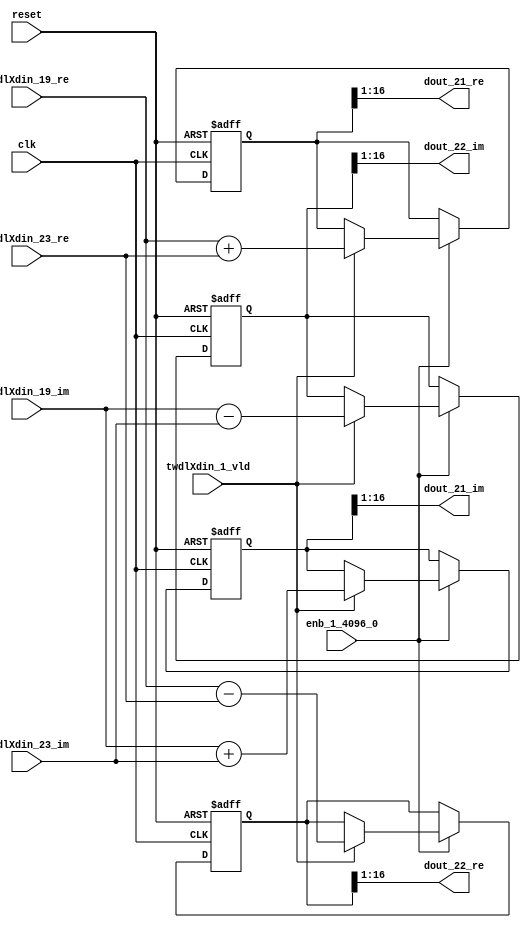
// -------------------------------------------------------------
// 
// 
// Generated by MATLAB 9.14 and HDL Coder 4.1
// 
// -------------------------------------------------------------


// -------------------------------------------------------------
// 
// Module: RADIX22FFT_SDNF1_5_block9
// Source Path: dsphdl.IFFT/RADIX22FFT_SDNF1_5
// Hierarchy Level: 4
// 
// -------------------------------------------------------------

`timescale 1 ns / 1 ns

module RADIX22FFT_SDNF1_5_block9
          (clk,
           reset,
           enb_1_4096_0,
           twdlXdin_19_re,
           twdlXdin_19_im,
           twdlXdin_23_re,
           twdlXdin_23_im,
           twdlXdin_1_vld,
           dout_21_re,
           dout_21_im,
           dout_22_re,
           dout_22_im);


  input   clk;
  input   reset;
  input   enb_1_4096_0;
  input   signed [15:0] twdlXdin_19_re;  // sfix16_En14
  input   signed [15:0] twdlXdin_19_im;  // sfix16_En14
  input   signed [15:0] twdlXdin_23_re;  // sfix16_En14
  input   signed [15:0] twdlXdin_23_im;  // sfix16_En14
  input   twdlXdin_1_vld;
  output  signed [15:0] dout_21_re;  // sfix16_En14
  output  signed [15:0] dout_21_im;  // sfix16_En14
  output  signed [15:0] dout_22_re;  // sfix16_En14
  output  signed [15:0] dout_22_im;  // sfix16_En14


  reg signed [16:0] Radix22ButterflyG1_NF_btf1_re_reg;  // sfix17
  reg signed [16:0] Radix22ButterflyG1_NF_btf1_im_reg;  // sfix17
  reg signed [16:0] Radix22ButterflyG1_NF_btf2_re_reg;  // sfix17
  reg signed [16:0] Radix22ButterflyG1_NF_btf2_im_reg;  // sfix17
  reg  Radix22ButterflyG1_NF_dinXtwdl_vld_dly1;
  reg signed [16:0] Radix22ButterflyG1_NF_btf1_re_reg_next;  // sfix17_En14
  reg signed [16:0] Radix22ButterflyG1_NF_btf1_im_reg_next;  // sfix17_En14
  reg signed [16:0] Radix22ButterflyG1_NF_btf2_re_reg_next;  // sfix17_En14
  reg signed [16:0] Radix22ButterflyG1_NF_btf2_im_reg_next;  // sfix17_En14
  reg  Radix22ButterflyG1_NF_dinXtwdl_vld_dly1_next;
  reg signed [15:0] dout_21_re_1;  // sfix16_En14
  reg signed [15:0] dout_21_im_1;  // sfix16_En14
  reg signed [15:0] dout_22_re_1;  // sfix16_En14
  reg signed [15:0] dout_22_im_1;  // sfix16_En14
  reg  dout_21_vld;
  reg signed [16:0] Radix22ButterflyG1_NF_add_cast;  // sfix17_En14
  reg signed [16:0] Radix22ButterflyG1_NF_add_cast_0;  // sfix17_En14
  reg signed [16:0] Radix22ButterflyG1_NF_sra_temp;  // sfix17_En14
  reg signed [16:0] Radix22ButterflyG1_NF_sub_cast;  // sfix17_En14
  reg signed [16:0] Radix22ButterflyG1_NF_sub_cast_0;  // sfix17_En14
  reg signed [16:0] Radix22ButterflyG1_NF_sra_temp_0;  // sfix17_En14
  reg signed [16:0] Radix22ButterflyG1_NF_add_cast_1;  // sfix17_En14
  reg signed [16:0] Radix22ButterflyG1_NF_add_cast_2;  // sfix17_En14
  reg signed [16:0] Radix22ButterflyG1_NF_sra_temp_1;  // sfix17_En14
  reg signed [16:0] Radix22ButterflyG1_NF_sub_cast_1;  // sfix17_En14
  reg signed [16:0] Radix22ButterflyG1_NF_sub_cast_2;  // sfix17_En14
  reg signed [16:0] Radix22ButterflyG1_NF_sra_temp_2;  // sfix17_En14


  // Radix22ButterflyG1_NF
  always @(posedge clk or posedge reset)
    begin : Radix22ButterflyG1_NF_process
      if (reset == 1'b1) begin
        Radix22ButterflyG1_NF_btf1_re_reg <= 17'sb00000000000000000;
        Radix22ButterflyG1_NF_btf1_im_reg <= 17'sb00000000000000000;
        Radix22ButterflyG1_NF_btf2_re_reg <= 17'sb00000000000000000;
        Radix22ButterflyG1_NF_btf2_im_reg <= 17'sb00000000000000000;
        Radix22ButterflyG1_NF_dinXtwdl_vld_dly1 <= 1'b0;
      end
      else begin
        if (enb_1_4096_0) begin
          Radix22ButterflyG1_NF_btf1_re_reg <= Radix22ButterflyG1_NF_btf1_re_reg_next;
          Radix22ButterflyG1_NF_btf1_im_reg <= Radix22ButterflyG1_NF_btf1_im_reg_next;
          Radix22ButterflyG1_NF_btf2_re_reg <= Radix22ButterflyG1_NF_btf2_re_reg_next;
          Radix22ButterflyG1_NF_btf2_im_reg <= Radix22ButterflyG1_NF_btf2_im_reg_next;
          Radix22ButterflyG1_NF_dinXtwdl_vld_dly1 <= Radix22ButterflyG1_NF_dinXtwdl_vld_dly1_next;
        end
      end
    end

  always @(Radix22ButterflyG1_NF_btf1_im_reg, Radix22ButterflyG1_NF_btf1_re_reg,
       Radix22ButterflyG1_NF_btf2_im_reg, Radix22ButterflyG1_NF_btf2_re_reg,
       Radix22ButterflyG1_NF_dinXtwdl_vld_dly1, twdlXdin_19_im, twdlXdin_19_re,
       twdlXdin_1_vld, twdlXdin_23_im, twdlXdin_23_re) begin
    Radix22ButterflyG1_NF_add_cast = 17'sb00000000000000000;
    Radix22ButterflyG1_NF_add_cast_0 = 17'sb00000000000000000;
    Radix22ButterflyG1_NF_sub_cast = 17'sb00000000000000000;
    Radix22ButterflyG1_NF_sub_cast_0 = 17'sb00000000000000000;
    Radix22ButterflyG1_NF_add_cast_1 = 17'sb00000000000000000;
    Radix22ButterflyG1_NF_add_cast_2 = 17'sb00000000000000000;
    Radix22ButterflyG1_NF_sub_cast_1 = 17'sb00000000000000000;
    Radix22ButterflyG1_NF_sub_cast_2 = 17'sb00000000000000000;
    Radix22ButterflyG1_NF_btf1_re_reg_next = Radix22ButterflyG1_NF_btf1_re_reg;
    Radix22ButterflyG1_NF_btf1_im_reg_next = Radix22ButterflyG1_NF_btf1_im_reg;
    Radix22ButterflyG1_NF_btf2_re_reg_next = Radix22ButterflyG1_NF_btf2_re_reg;
    Radix22ButterflyG1_NF_btf2_im_reg_next = Radix22ButterflyG1_NF_btf2_im_reg;
    Radix22ButterflyG1_NF_dinXtwdl_vld_dly1_next = twdlXdin_1_vld;
    if (twdlXdin_1_vld) begin
      Radix22ButterflyG1_NF_add_cast = {twdlXdin_19_re[15], twdlXdin_19_re};
      Radix22ButterflyG1_NF_add_cast_0 = {twdlXdin_23_re[15], twdlXdin_23_re};
      Radix22ButterflyG1_NF_btf1_re_reg_next = Radix22ButterflyG1_NF_add_cast + Radix22ButterflyG1_NF_add_cast_0;
      Radix22ButterflyG1_NF_sub_cast = {twdlXdin_19_re[15], twdlXdin_19_re};
      Radix22ButterflyG1_NF_sub_cast_0 = {twdlXdin_23_re[15], twdlXdin_23_re};
      Radix22ButterflyG1_NF_btf2_re_reg_next = Radix22ButterflyG1_NF_sub_cast - Radix22ButterflyG1_NF_sub_cast_0;
      Radix22ButterflyG1_NF_add_cast_1 = {twdlXdin_19_im[15], twdlXdin_19_im};
      Radix22ButterflyG1_NF_add_cast_2 = {twdlXdin_23_im[15], twdlXdin_23_im};
      Radix22ButterflyG1_NF_btf1_im_reg_next = Radix22ButterflyG1_NF_add_cast_1 + Radix22ButterflyG1_NF_add_cast_2;
      Radix22ButterflyG1_NF_sub_cast_1 = {twdlXdin_19_im[15], twdlXdin_19_im};
      Radix22ButterflyG1_NF_sub_cast_2 = {twdlXdin_23_im[15], twdlXdin_23_im};
      Radix22ButterflyG1_NF_btf2_im_reg_next = Radix22ButterflyG1_NF_sub_cast_1 - Radix22ButterflyG1_NF_sub_cast_2;
    end
    Radix22ButterflyG1_NF_sra_temp = Radix22ButterflyG1_NF_btf1_re_reg >>> 8'd1;
    dout_21_re_1 = Radix22ButterflyG1_NF_sra_temp[15:0];
    Radix22ButterflyG1_NF_sra_temp_0 = Radix22ButterflyG1_NF_btf1_im_reg >>> 8'd1;
    dout_21_im_1 = Radix22ButterflyG1_NF_sra_temp_0[15:0];
    Radix22ButterflyG1_NF_sra_temp_1 = Radix22ButterflyG1_NF_btf2_re_reg >>> 8'd1;
    dout_22_re_1 = Radix22ButterflyG1_NF_sra_temp_1[15:0];
    Radix22ButterflyG1_NF_sra_temp_2 = Radix22ButterflyG1_NF_btf2_im_reg >>> 8'd1;
    dout_22_im_1 = Radix22ButterflyG1_NF_sra_temp_2[15:0];
    dout_21_vld = Radix22ButterflyG1_NF_dinXtwdl_vld_dly1;
  end



  assign dout_21_re = dout_21_re_1;

  assign dout_21_im = dout_21_im_1;

  assign dout_22_re = dout_22_re_1;

  assign dout_22_im = dout_22_im_1;

endmodule  // RADIX22FFT_SDNF1_5_block9